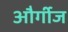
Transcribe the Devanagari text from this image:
और्गीज